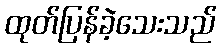
ထုတ်ပြန်ခဲ့သေးသည်